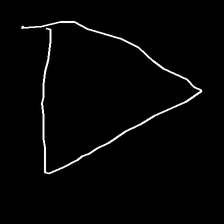
Glyph: convergence